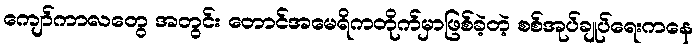
ကျော်ကာလတွေ အတွင်း တောင်အမေရိကတိုက်မှာဖြစ်ခဲ့တဲ့ စစ်အုပ်ချုပ်ရေးကနေ